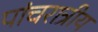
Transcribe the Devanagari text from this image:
पांचरात्रीय